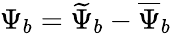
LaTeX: \begin{array}{r}{\Psi_{b}=\widetilde{\Psi}_{b}-\overline{{\Psi}}_{b}}\end{array}